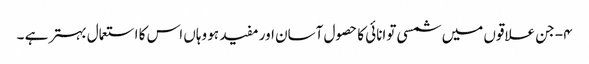
۴- جن علاقوں میں شمسی توانائی کا حصول آسان اور مفید ہو وہاں اس کا استعمال بہتر ہے ۔